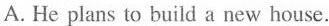
A. He plans to build a new house.